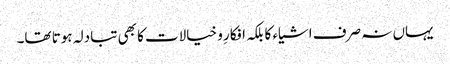
یہاں نہ صرف اشیاء کا بلکہ افکارِ و خیالات کا بھی تبادلہ ہوتا تھا۔